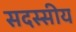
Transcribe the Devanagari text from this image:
सदस्सीय